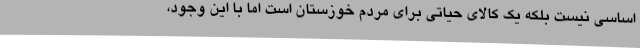
اساسی نیست بلکه یک کالای حیاتی برای مردم خوزستان است اما با این وجود،